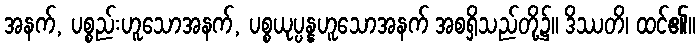
အနက်, ပစ္စည်းဟူသောအနက်, ပစ္စယုပ္ပန္နဟူသောအနက် အစရှိသည်တို့၌။ ဒိဿတိ၊ ထင်၏။